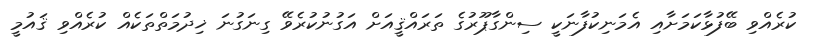
ކުރެއްވި ބޭފުޅާކަމަށާއި އެމަނިކުފާނަކީ ސިންގާޕޫރުގެ ތަރައްޤީއަށް އަގުނުކުރެވޭ ގިނަގުނަ ޚިދުމަތްތަކެއް ކުރެއްވި ޤައުމީ